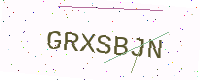
Text: GRXSBJN